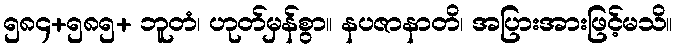
၅၈၄+၅၈၅+ ဘူတံ၊ ဟုတ်မှန်စွာ။ နပဇာနာတိ၊ အပြားအားဖြင့်မသိ။